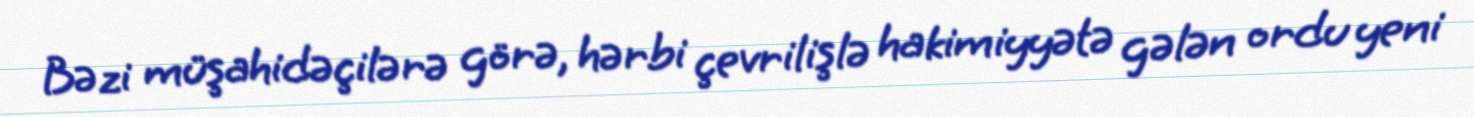
Bəzi müşahidəçilərə görə, hərbi çevrilişlə hakimiyyətə gələn ordu yeni